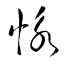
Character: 怺